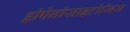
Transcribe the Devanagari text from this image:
ड्रीपेनोसाइटोसिस